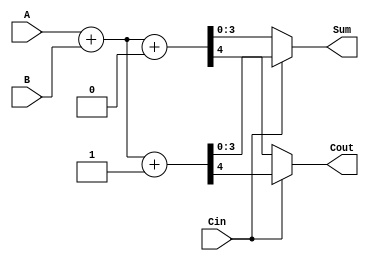
module carry_select_adder_4bit (
    input [3:0] A,
    input [3:0] B,
    input Cin,
    output [3:0] Sum,
    output Cout
);
    wire [3:0] S0, S1; // Sums for Cin = 0 and Cin = 1
    wire C0, C1;       // Carries for Cin = 0 and Cin = 1

    // Ripple Carry Adders for Cin = 0
    assign {C0, S0} = A + B + 4'b0000; // Adder for Cin = 0

    // Ripple Carry Adders for Cin = 1
    assign {C1, S1} = A + B + 4'b0001; // Adder for Cin = 1

    // MUX to select the correct sum and carry
    assign Sum = Cin ? S1 : S0; // Select sum based on Cin
    assign Cout = Cin ? C1 : C0; // Select carry based on Cin
endmodule